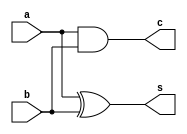
module half_adder(s,c,a,b);
input a,b;
output s,c;
xor(s,a,b);
and(c,a,b);
endmodule
 
module full_adder(S,Co,A,B,Cin);
input A,B,Cin;
output S,Co;
wire w1,w2,w3;
half_adder h1(w1,w2,A,B);
half_adder h2(S,w3,w1,Cin);
or(Co,w2,w3);
endmodule 
module TB_full_adder();
reg A,B,Cin;
wire S,Co;
full_adder F1(S,Co,A,B,Cin);
initial 
begin
A=0;B=0;Cin=0;
#100

A=0;B=0;Cin=1;
#100

A=0;B=1;Cin=0;
#100

A=0;B=1;Cin=1;
#100

A=1;B=0;Cin=0;
#100

A=1;B=0;Cin=1;
#100

A=1;B=1;Cin=0;
#100

A=1;B=1;Cin=1;

end 
endmodule